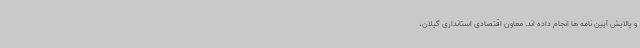
و پالایش آیین نامه ها انجام داده اند. معاون اقتصادی استانداری گیلان،